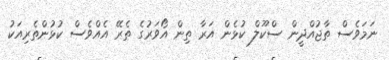
ނަމަވެސް ތާޖުއްދީން ސްކޫލް ކުޅެން އަރާ ތިން އޯވަރުގެ ތެރޭ އެއްވެސް ކުޅުންތެރިއަކު